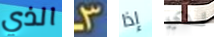
الذي 3 إذا لدي